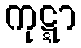
ကုဋ္ဋာ